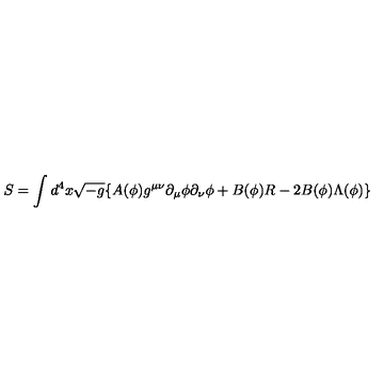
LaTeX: S = \int d ^ { 4 } x \sqrt { - g } \{ A ( \phi ) g ^ { \mu \nu } \partial _ { \mu } \phi \partial _ { \nu } \phi + B ( \phi ) R - 2 B ( \phi ) \Lambda ( \phi ) \}